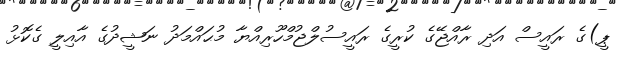
ޕީ)ގެ ރައީސް އަދި ރާއްޖޭގެ ކުރީގެ ރައީސުލްޖުމްހޫރިއްޔާ މުޙައްމަދު ނަޝީދުގެ އާއިލީ ގެކޮޅު